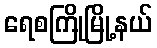
ရေစကြိုမြို့နယ်